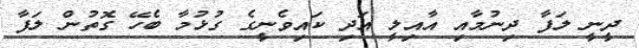
ދީނީ ލަފާ ދިނުމާއި އާއިލީ އަދި ކައިވެނީގެ ގުޅުމާ ބެހޭ ގޮތުން ލަފާ